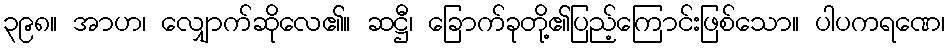
၃၉၈။ အာဟ၊ လျှောက်ဆိုလေ၏။ ဆဋ္ဌီ၊ ခြောက်ခုတို့၏ပြည့်ကြောင်းဖြစ်သော။ ပါပကရဏေ၊